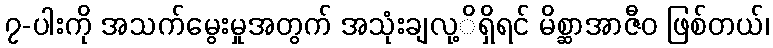
၇-ပါးကို အသက်မွေးမှုအတွက် အသုံးချလု့ိရှိရင် မိစ္ဆာအာဇီဝ ဖြစ်တယ်၊